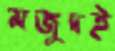
মজুদই